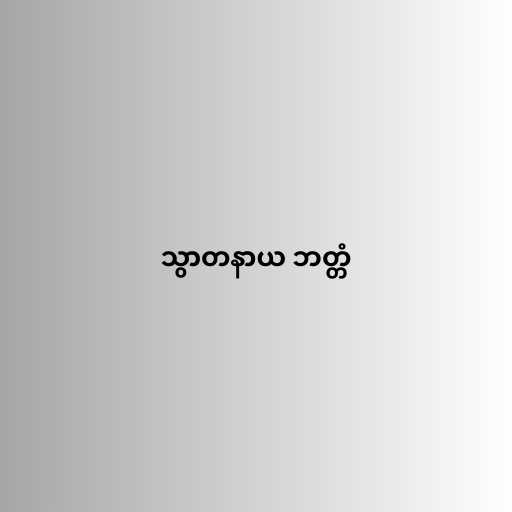
သွာတနာယ ဘတ္တံ